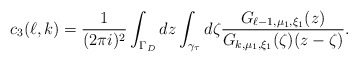
\begin{align*}c_3(\ell,k)=\frac 1{(2\pi i)^2}\int_{\Gamma_{D}}dz\int_{\gamma_{\tau}}d\zeta\frac{G_{\ell-1,\mu_1,\xi_1}(z)}{G_{k,\mu_1,\xi_1}(\zeta)(z-\zeta)}.\end{align*}